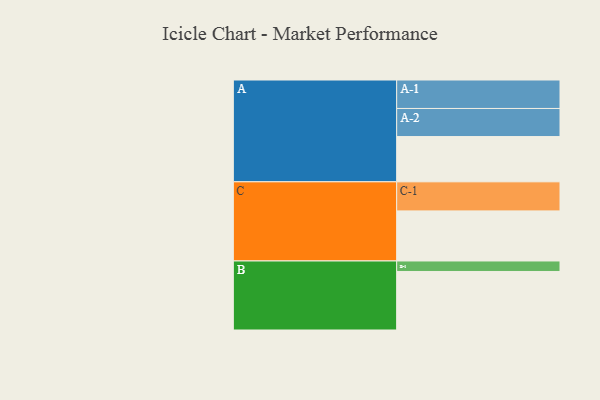
{"axis": {"x": "Segment", "y": "Value"}, "legend": ["", "A", "B", "C"], "data": [{"x": "A", "y": 461, "type": ""}, {"x": "B", "y": 596, "type": ""}, {"x": "C", "y": 510, "type": ""}, {"x": "A-1", "y": 290, "type": "A"}, {"x": "A-2", "y": 286, "type": "A"}, {"x": "B-1", "y": 107, "type": "B"}, {"x": "C-1", "y": 296, "type": "C"}]}